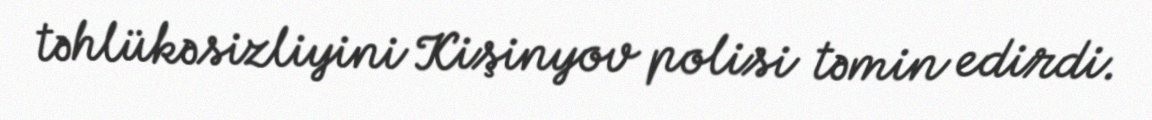
təhlükəsizliyini Kişinyov polisi təmin edirdi.